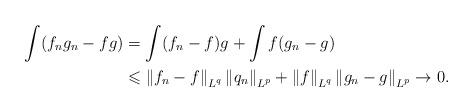
LaTeX: \begin{align*} \int(f_ng_n-fg) &= \int(f_n-f)g+\int f(g_n-g) \\ &\leqslant \left\|f_n-f\right\|_{L^q}\left\|q_n\right\|_{L^p}+\left\|f\right\|_{L^q}\left\|g_n-g\right\|_{L^p}\rightarrow 0. \end{align*}